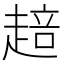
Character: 䞳